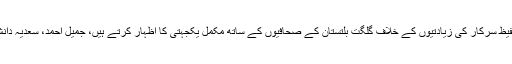
حفیظ سرکار کی زیادتیوں کے خلاف گلگت بلتستان کے صحافیوں کے ساتھ مکمل یکجہتی کا اظہار کرتے ہیں، جمیل احمد، سعدیہ دانش